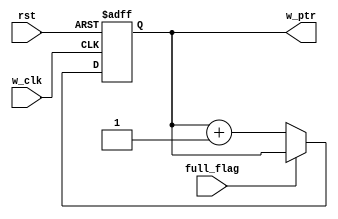
module write_pointer (
    input wire       w_clk,
    input wire       rst,
    input wire       full_flag,
    output reg [4:0] w_ptr
);

always @(posedge w_clk or negedge rst) 
    begin
        if (!rst) 
            begin
                w_ptr<=5'b0;    
            end    
        else
            begin
                if (!full_flag) 
                    begin
                        w_ptr<=w_ptr+5'b1;    
                    end
            end
    end

    
endmodule